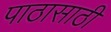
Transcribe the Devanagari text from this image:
पाठासाठी